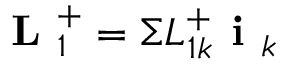
\textbf { L } _ { 1 } ^ { + } = \Sigma L _ { 1 k } ^ { + } \textbf { i } _ { k }